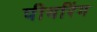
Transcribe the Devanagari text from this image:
पीयरिंग